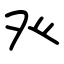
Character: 癶